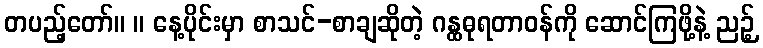
တပည့်တော်။ ။ နေ့ပိုင်းမှာ စာသင်-စာချဆိုတဲ့ ဂန္ထဓုရတာဝန်ကို ဆောင်ကြဖို့နဲ့ ညဉ့်